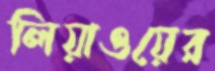
লিয়াওয়ের